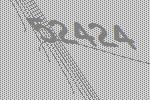
52424